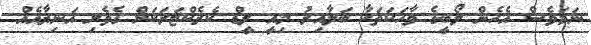
ނަމަވެސް އެހެން ލޯބީގެ ވާހަކަތަކާ ބަލާއިރު މިއީ ލީޑް ކެރެކްޓަރަކަށް ގެވެށި އަނިޔާއެއް